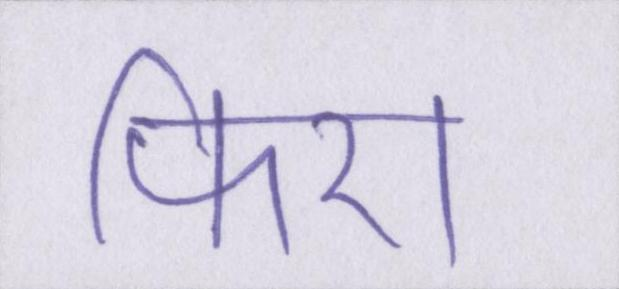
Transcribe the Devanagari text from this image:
फिरा